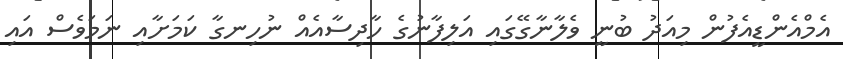
އެމްއެންޑީއެފުން މިއަދު ބުނީ ވެލާނާގޭގައި އަލިފާނުގެ ހާދިސާއެއް ނުހިނގާ ކަމަށާއި ނަމަވެސް އައި